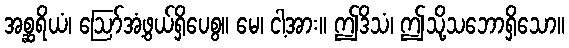
အစ္ဆရိယံ၊ ဩော်အံ့ဖွယ်ရှိပေစွ။ မေ၊ ငါ့အား။ ဤဒိသံ၊ ဤသို့သဘောရှိသော။